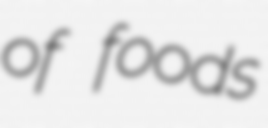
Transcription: of foods